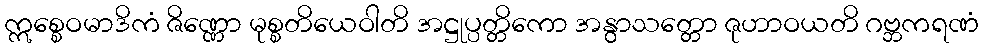
ဣစ္စေဝမာဒိကံ ဇိဏ္ဏော မုစ္စတိယေဝါတိ အဋ္ဌုပ္ပတ္တိကော အနွာသတ္တော ဇုဟာဝယတိ ဂဗ္ဘကရဏံ